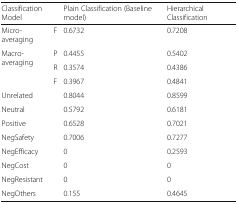
<table><thead><tr><td colspan="2"><b>Classification Model</b></td><td><b>Plain Classification (Baseline model)</b></td><td><b>Hierarchical Classification</b></td></tr></thead><tbody><tr><td>Micro-averaging</td><td>F</td><td>0.6732</td><td>0.7208</td></tr><tr><td rowspan="3">Macro-averaging</td><td>P</td><td>0.4455</td><td>0.5402</td></tr><tr><td>R</td><td>0.3574</td><td>0.4386</td></tr><tr><td>F</td><td>0.3967</td><td>0.4841</td></tr><tr><td colspan="2">Unrelated</td><td>0.8044</td><td>0.8599</td></tr><tr><td colspan="2">Neutral</td><td>0.5792</td><td>0.6181</td></tr><tr><td colspan="2">Positive</td><td>0.6528</td><td>0.7021</td></tr><tr><td colspan="2">NegSafety</td><td>0.7006</td><td>0.7277</td></tr><tr><td colspan="2">NegEfficacy</td><td>0</td><td>0.2593</td></tr><tr><td colspan="2">NegCost</td><td>0</td><td>0</td></tr><tr><td colspan="2">NegResistant</td><td>0</td><td>0</td></tr><tr><td colspan="2">NegOthers</td><td>0.155</td><td>0.4645</td></tr></tbody></table>